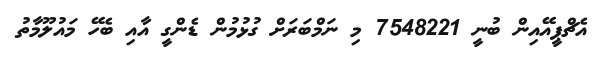
އެޗްޕީއޭއިން ބުނީ 7548221 މި ނަމްބަރަށް ގުޅުމުން ޑެންގީ އާއި ބެހޭ މައުލޫމާތު